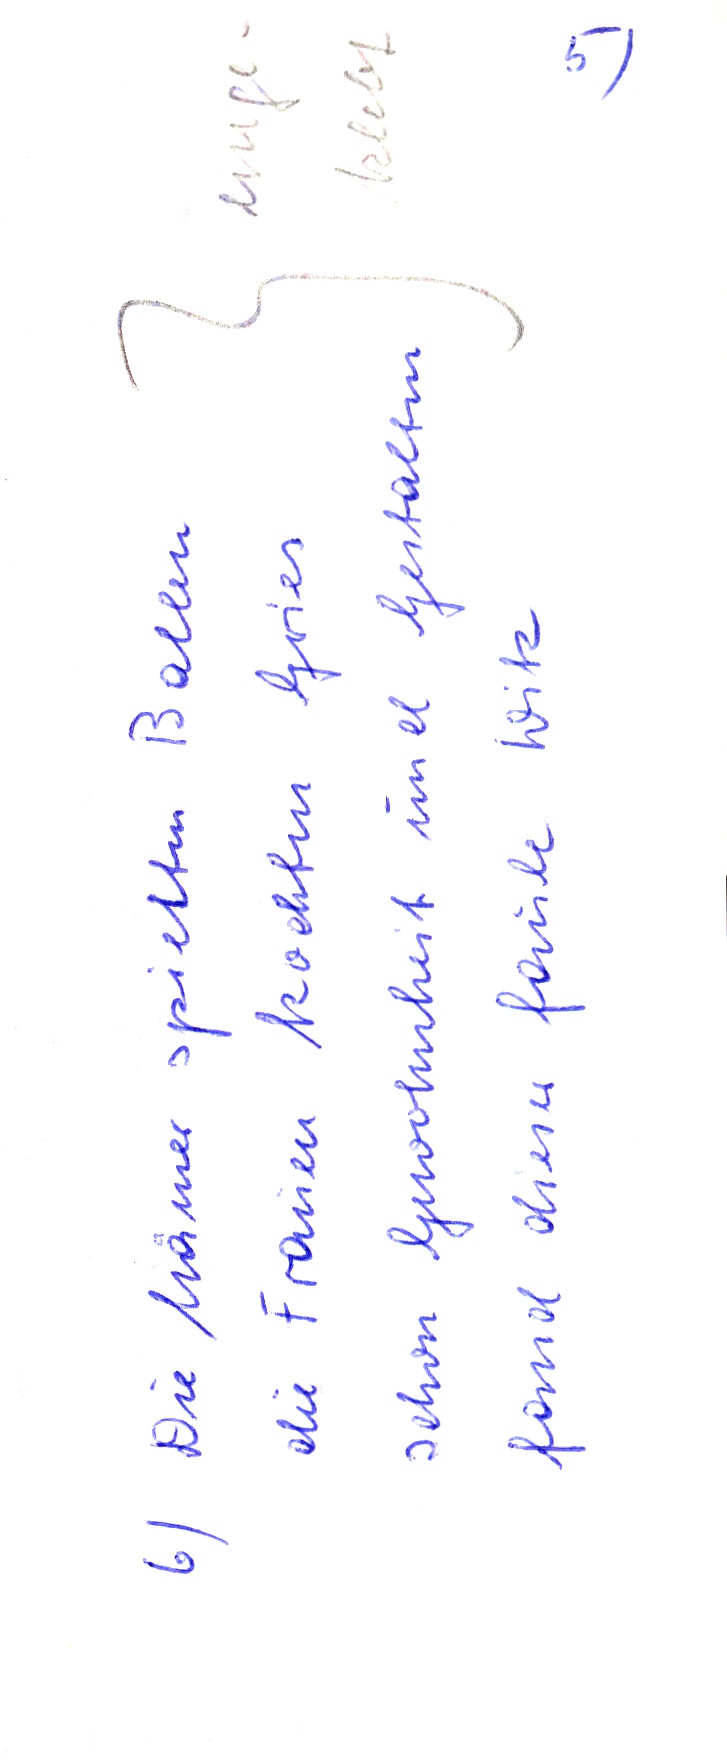
6) Die Männer spieleten Ballern
schon Gewohnheit und Gestalten
die Frauen kochten Gries
fand dieser faule Witz